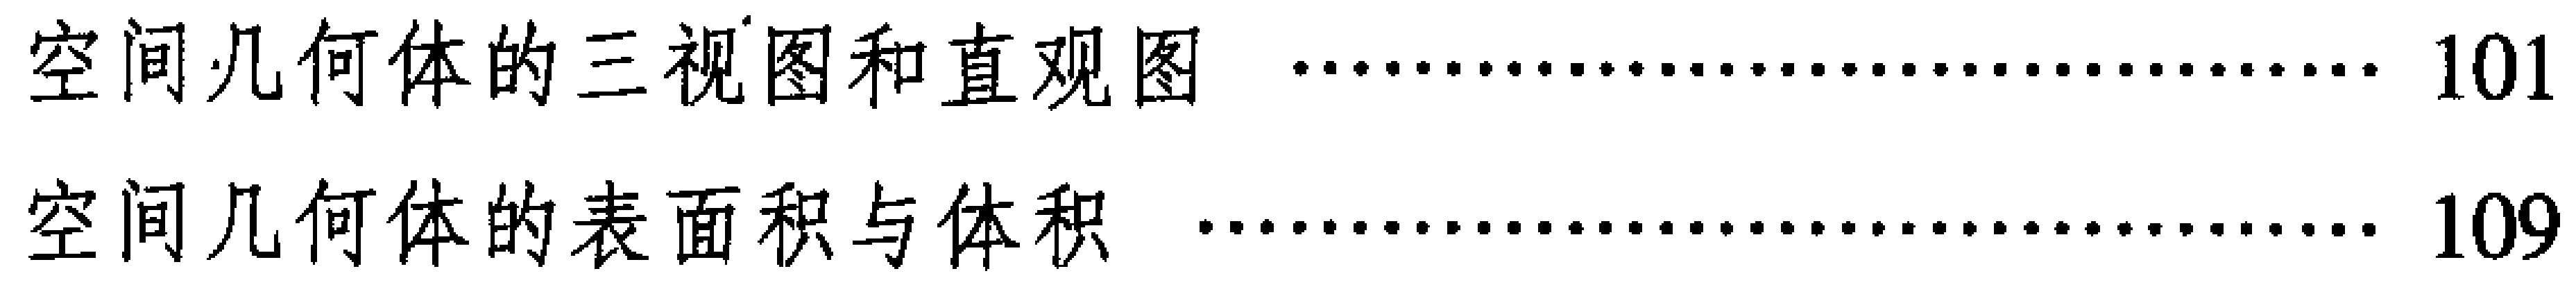
空间几何体的三视图和直观图 \hfill 101

空间几何体的表面积与体积 \hfill 109